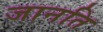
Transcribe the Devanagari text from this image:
जानति